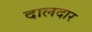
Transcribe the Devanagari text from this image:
दालदार